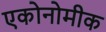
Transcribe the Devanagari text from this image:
एकोनोमीक